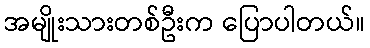
အမျိုးသားတစ်ဦးက ပြောပါတယ်။